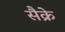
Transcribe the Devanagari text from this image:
सैक्रे